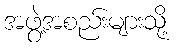
အဖွဲ့အစည်းများသို့